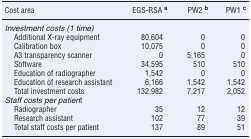
<table><thead><tr><td><b>Cost area</b></td><td><b>EGS-RSA <sup>a</sup></b></td><td><b>PW2 <sup>b</sup></b></td><td><b>PW1 <sup>c</sup></b></td></tr></thead><tbody><tr><td colspan="4"><i>Investment costs (1 time)</i></td></tr><tr><td> Additional X-ray equipment</td><td>80,604</td><td>0</td><td>0</td></tr><tr><td> Calibration box</td><td>10,075</td><td>0</td><td>0</td></tr><tr><td> A3 transparency scanner</td><td>0</td><td>5,165</td><td>0</td></tr><tr><td> Software</td><td>34,595</td><td>510</td><td>510</td></tr><tr><td> Education of radiographer</td><td>1,542</td><td>0</td><td>0</td></tr><tr><td> Education of research assistant</td><td>6,166</td><td>1,542</td><td>1,542</td></tr><tr><td> Total investment costs</td><td>132,982</td><td>7,217</td><td>2,052</td></tr><tr><td colspan="4"><i>Staff costs per patien</i>t</td></tr><tr><td> Radiographer</td><td>35</td><td>12</td><td>12</td></tr><tr><td> Research assistant</td><td>102</td><td>77</td><td>39</td></tr><tr><td> Total staff costs per patient</td><td>137</td><td>89</td><td>51</td></tr></tbody></table>